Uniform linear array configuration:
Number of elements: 48
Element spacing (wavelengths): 0.75
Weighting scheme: hann
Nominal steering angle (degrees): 0
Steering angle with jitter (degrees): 1.192
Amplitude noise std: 0.05
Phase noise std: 0.05

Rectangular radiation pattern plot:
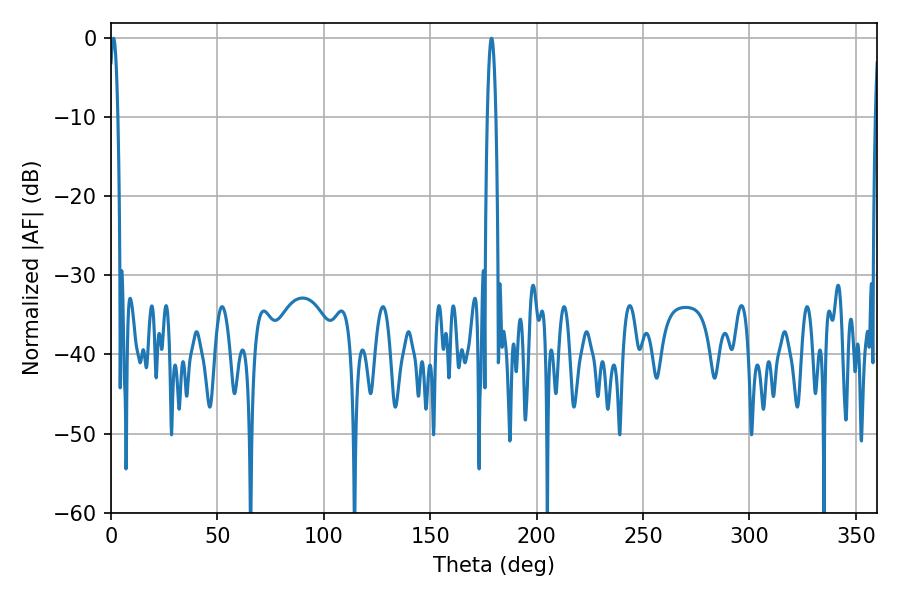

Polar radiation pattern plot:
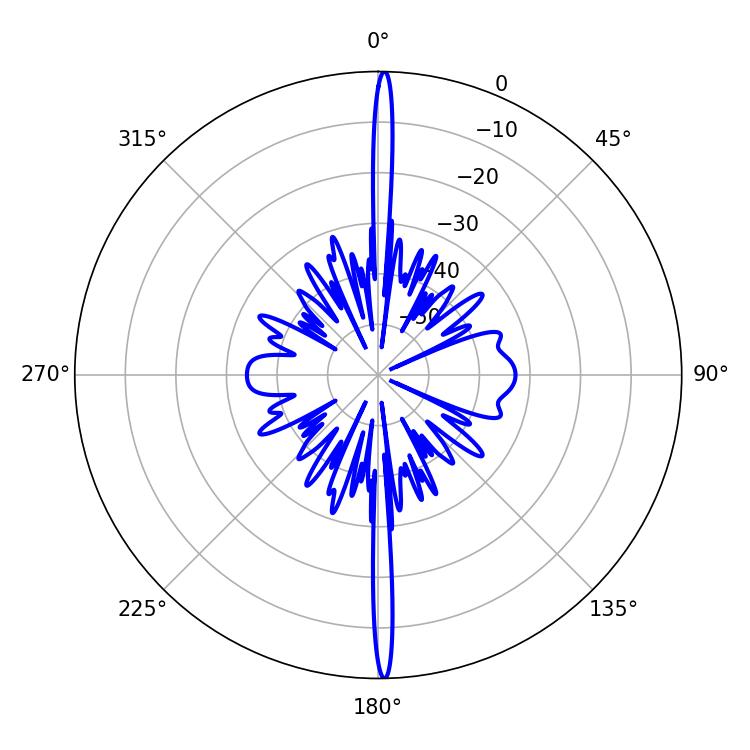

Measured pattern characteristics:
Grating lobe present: TRUE
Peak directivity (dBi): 30.38
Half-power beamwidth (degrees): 2.16
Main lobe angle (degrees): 1.26